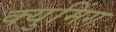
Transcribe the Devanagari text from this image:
क्युमिंग